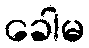
ခေါမ